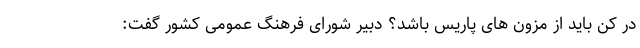
در کن باید از مزون های پاریس باشد؟ دبیر شورای فرهنگ عمومی کشور گفت: